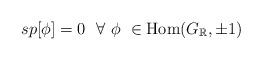
LaTeX: \begin{align*} sp[\phi]=0\ \ \forall\ \phi\ \in \mathrm{Hom}(G_{\mathbb{R}}, \pm 1)\end{align*}